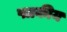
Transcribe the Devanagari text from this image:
पत्रकीय